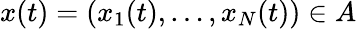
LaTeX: x(t)=(x_{1}(t),\ldots,x_{N}(t))\in A